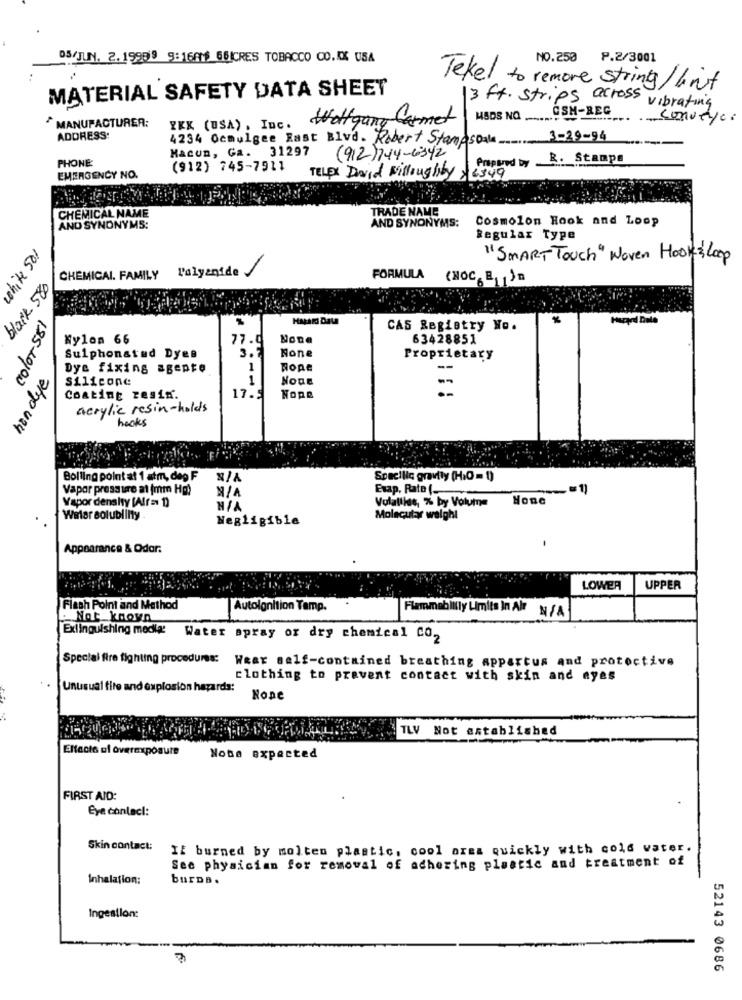
DS/JUN. 2.19999 9:16819 65ICRES TOBACCO CO.I USA
NO.250 P.2/3001
MATERIAL SAFETY DATA SHEET
Tekel to remove string/ lint
13 ft. strips across vibrating
CSH-REG
MANUFACTURER:
Wolfgang Carmet
conveyor
YKK (USA), Inc.
ADDRESS:
4234 Ocmulgee Rast Blvd. Robert StampsDale 3-29-94
Macun, Ga. 31297
PHONE:
(912) 744-6342
Prepared by R. Stamps
(912) 745-7911
EMERGENCY NO.
TELPX David Willoughby 76349
TRADE NAME
CHEMICAL NAME
AND SYNONYMS:
Cosmolon Hook and Loop
AND SYNONYMS:
Regular Type
"SMART Touch" Woven Hooks Loop
CHEMICAL. FAMILY Palyanide
black 58
FORMULA (NOC, E Jn
color 581
CAS Registry No.
Nylon 66
77.0
63428851
Sulphonstud Dyes
3.5
Proprietary
Dye fixing agepte
1
Rope
hon dye
Silicone
1
Nope
17.5
Coating resin.
Nope
acrylic resin-holds
hooks
Bolling point at 1 atm, deg F
Specific gravity (H.O = 1)
Vapor pressure at (mm Hg)
Erap, Rato (_
-== 1)
Vapor density [Alf = 1)
Volallies, % by Volume Hone
Welar solublinty
Negligible
Molecular weight
Appearance & Qdar.
LOWER
UPPER
Flash Point and Method
Autolgnition Tamp.
Flammability Limits In Air N/A
Not known
Extinguishing modig:
Water spray or dry chemical co2
Special fire fighting procedures:
Wear self-contained breathing appartus and protective
clothing to prevent contact with skin and ayes
unusual fite and explosion hazards:
TLV Not established
ENfacts of overexposure
None expected
FIRST AID:
Eye contact:
Skin contact:
If burned by molten plastic, cool area quickly with cold water.
See physician for removal of adhering plastic and treatment of
Inhalation:
burDa.
Ingestion:
7
52143 0686